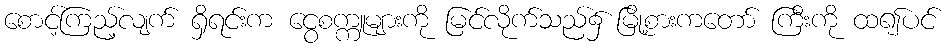
စောင့်ကြည့်လျက် ရှိရင်းက ငွေစက္ကူများကို မြင်လိုက်သည်၌ မြို့စားကတော် ကြီးကို ထ၍ပင်